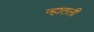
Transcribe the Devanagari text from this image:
न्हातली